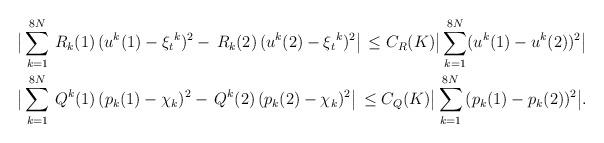
LaTeX: \begin{align*}&\big|\sum^{8N}_{k=1}\,R_{k}(1)\,(u^k(1)-{\xi_t}^k)^2-\,R_{k}(2)\,(u^k(2)-{\xi_t}^k)^2\big|\,\leq C_R(K)\big|\sum^{8N}_{k=1}(u^k(1)-u^k(2))^2\big|\\ & \big|\sum^{8N}_{k=1}\,Q^{k}(1)\,(p_k(1)-\chi_k)^2-\,Q^{k}(2)\,(p_k(2)-\chi_k)^2\big|\,\leq C_Q(K) \big|\sum^{8N}_{k=1}\,(p_k(1)-p_k(2))^2\big|.\end{align*}